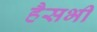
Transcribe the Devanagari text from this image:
हैसभी